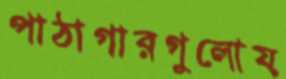
পাঠাগারগুলোয়